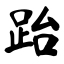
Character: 跆